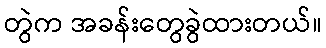
တွဲက အခန်းတွေခွဲထားတယ်။